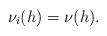
LaTeX: \begin{align*}\nu_i(h)=\nu(h).\end{align*}